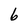
Character: 6